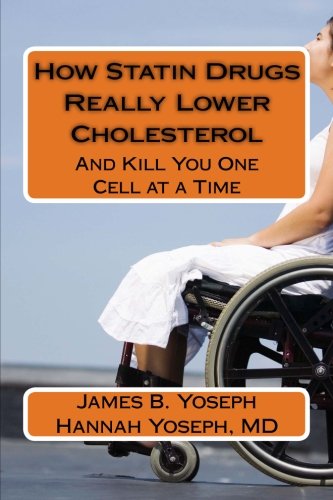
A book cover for How Statin Drugs Really Lower Cholesterol: And Kill You One Cell at a Time; James B. and Hannah Yoseph; Health, Fitness & Dieting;